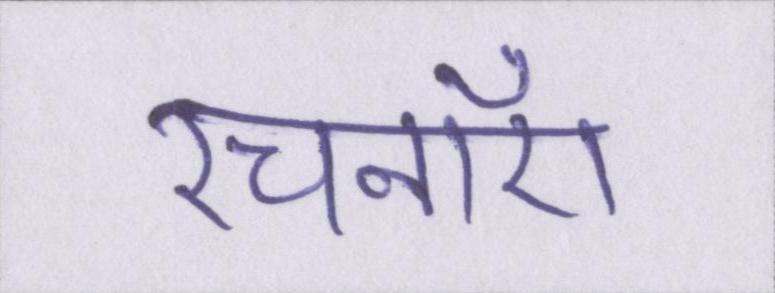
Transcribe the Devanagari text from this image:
रचनाएँ